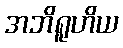
အဘိရူဟိယ